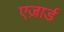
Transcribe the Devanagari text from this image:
एज़ार्ड